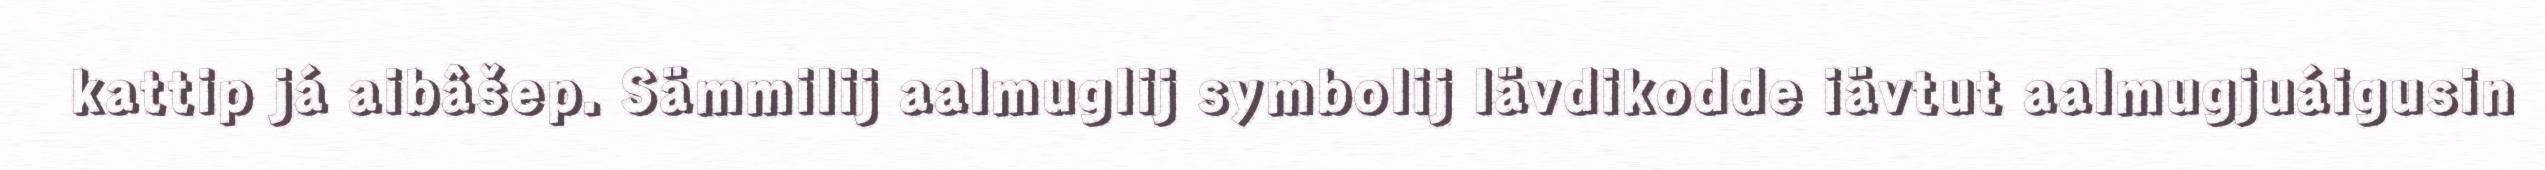
kattip já aibâšep. Sämmilij aalmuglij symbolij lävdikodde iävtut aalmugjuáigusin